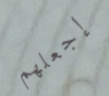
إجعلهم